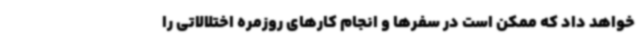
خواهد داد که ممکن است در سفرها و انجام کارهای روزمره اختلالاتی را